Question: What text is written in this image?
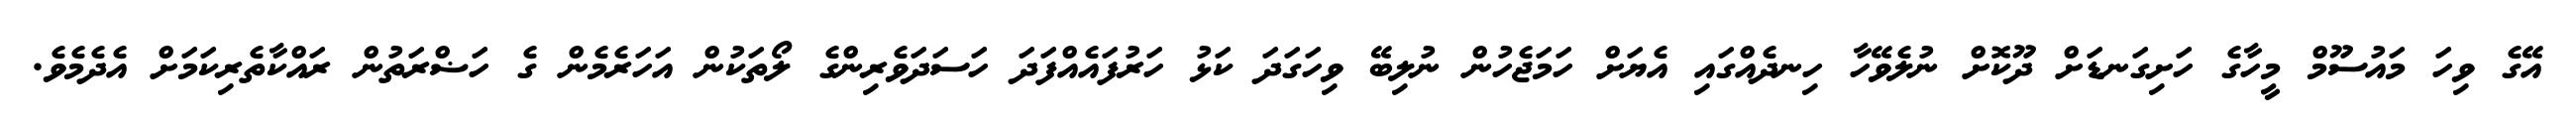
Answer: އޭގެ ވިހަ މައުސޫމް މީހާގެ ހަށިގަނޑަށް ދޫކޮށް ނުލެވޭހާ ހިނދެއްގައި އެޔަށް ހަމަޖެހުން ނުލިބޭ ވިހަގަދަ ކަޅު ހަރުފައެއްފަދަ ހަސަދަވެރިންގެ ލޯތަކުން އަހަރެމެން ގެ ހަޟްރަތުން ރައްކާތެރިކަމަށް އެދެމެވެ.